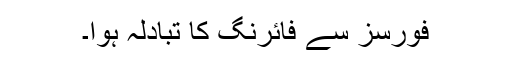
فورسز سے فائرنگ کا تبادلہ ہوا۔